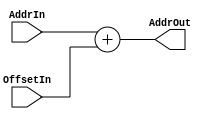
module PCRelAddrAdder(OffsetIn,AddrIn,AddrOut);
  input[31:0] OffsetIn; //from ImmGen
  input[31:0] AddrIn;   //from PC
  output[31:0] AddrOut; //to AddrMUX
  assign AddrOut=AddrIn+OffsetIn;
endmodule